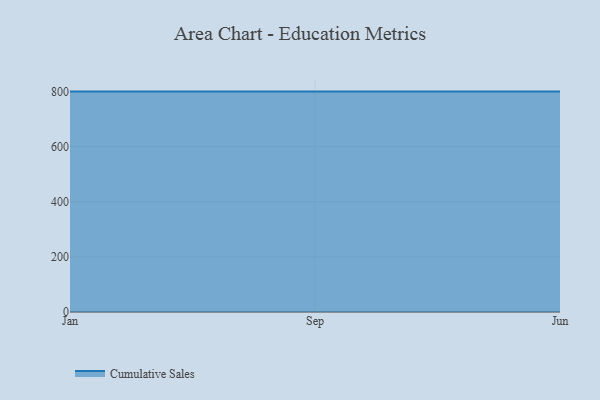
{"axis": {"x": "Month", "y": "Temperature (°C)"}, "legend": ["Cumulative Sales"], "data": [{"x": "Jan", "y": 800, "type": "Cumulative Sales"}, {"x": "Sep", "y": 800, "type": "Cumulative Sales"}, {"x": "Jun", "y": 800, "type": "Cumulative Sales"}]}